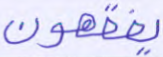
يفقهون